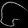
Digit: ၆